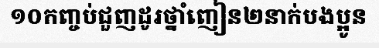
១០កញ្ចប់ជួញដូរថ្នាំញៀន២នាក់បងប្អូន